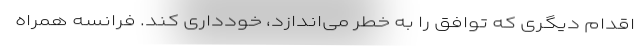
اقدام دیگری که توافق را به خطر می‌اندازد، خودداری کند. فرانسه همراه